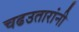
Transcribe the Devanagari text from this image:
चढउतारांनी